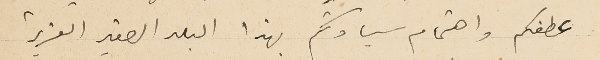
عطفكم واهتمام سيادتكم بهذا البلد الصغير العزيز